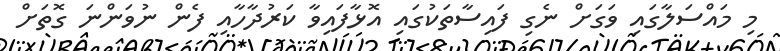
މި މައްސަލާގައި ވަގަށް ނެގި ފައިސާތަކުގައި އޮޅާފައިވާ ކަރުދާހާއި ފެން ނުވަންނަ ގޮތަށް